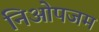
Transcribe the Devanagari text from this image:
निओपजम